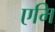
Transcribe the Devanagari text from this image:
एमि